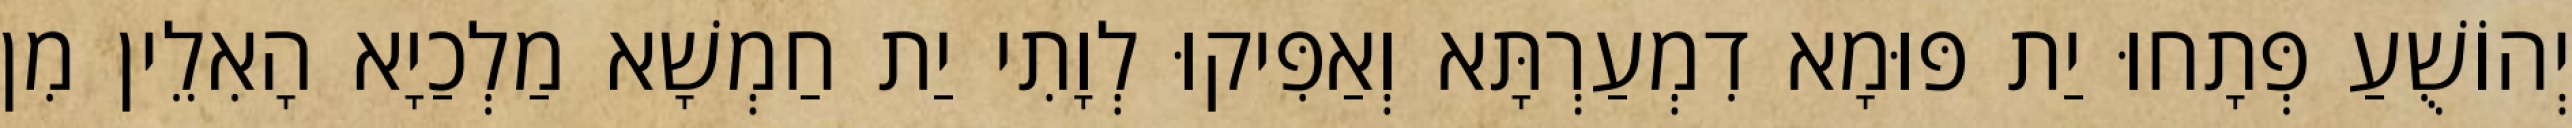
יְהוֹשֻׁעַ פְּתָחוּ יַת פּוּמָא דִמְעַרְתָּא וְאַפִּיקוּ לְוָתִי יַת חַמְשָׁא מַלְכַיָא הָאִלֵין מִן